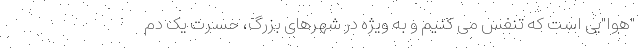
"هوا"یی است که تنفس می کنیم و به ویژه در شهرهای بزرگ، حسرت یک دم